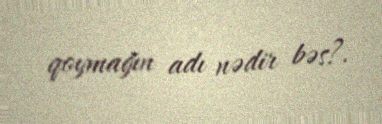
qoymağın adı nədir bəs?.